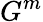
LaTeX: G^{m}